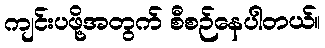
ကျင်းပဖို့အတွက် စီစဉ်နေပါတယ်။